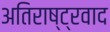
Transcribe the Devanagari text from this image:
अतिराष्ट्रवाद